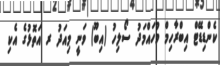
ކެންޑިޑޭޓް އިބްރާހިމް މުހައްމަދު ސޯލިހު (އިބޫ) ވަނީ މިއަދު ރ އަތޮޅުގެ އެކި